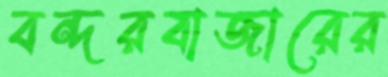
বন্দরবাজারের